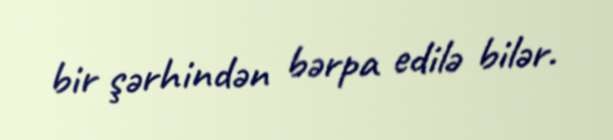
bir şərhindən bərpa edilə bilər.